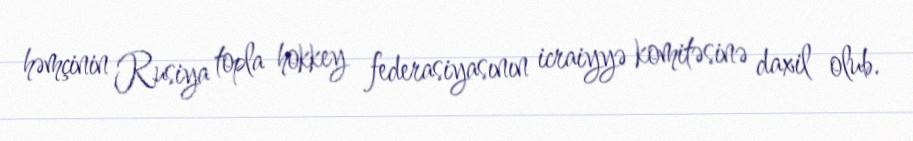
həmçinin Rusiya topla hokkey federasiyasının icraiyyə komitəsinə daxil olub.